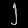
Digit: ၂